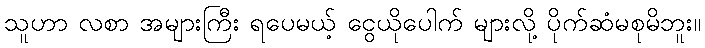
သူဟာ လစာ အများကြီး ရပေမယ့် ငွေယိုပေါက် များလို့ ပိုက်ဆံမစုမိဘူး။